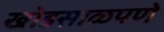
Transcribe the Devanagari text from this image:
खोडसाळपणे